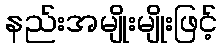
နည်းအမျိုးမျိုးဖြင့်